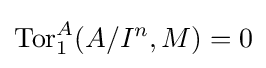
\operatorname {Tor} _{1}^{A}(A/I^{n},M)=0